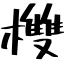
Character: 欆